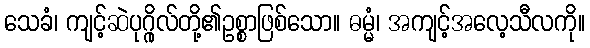
သေခံ၊ ကျင့်ဆဲပုဂ္ဂိုလ်တို့၏ဥစ္စာဖြစ်သော။ ဓမ္မံ၊ အကျင့်အလေ့သီလကို။